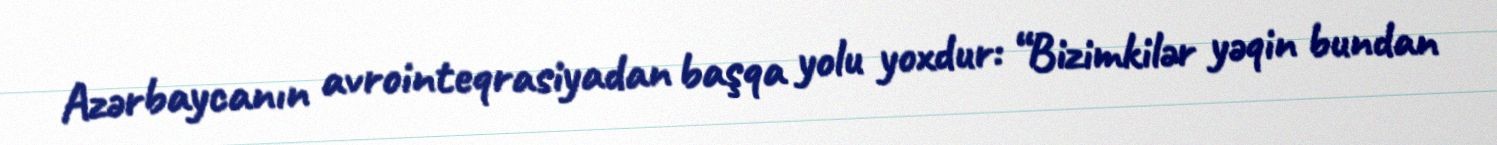
Azərbaycanın avrointeqrasiyadan başqa yolu yoxdur: “Bizimkilər yəqin bundan